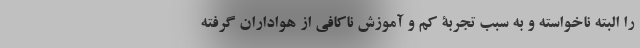
را البته ناخواسته و به سبب تجربۀ کم و آموزش ناکافی از هواداران گرفته